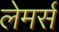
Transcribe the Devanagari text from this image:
लेमर्स